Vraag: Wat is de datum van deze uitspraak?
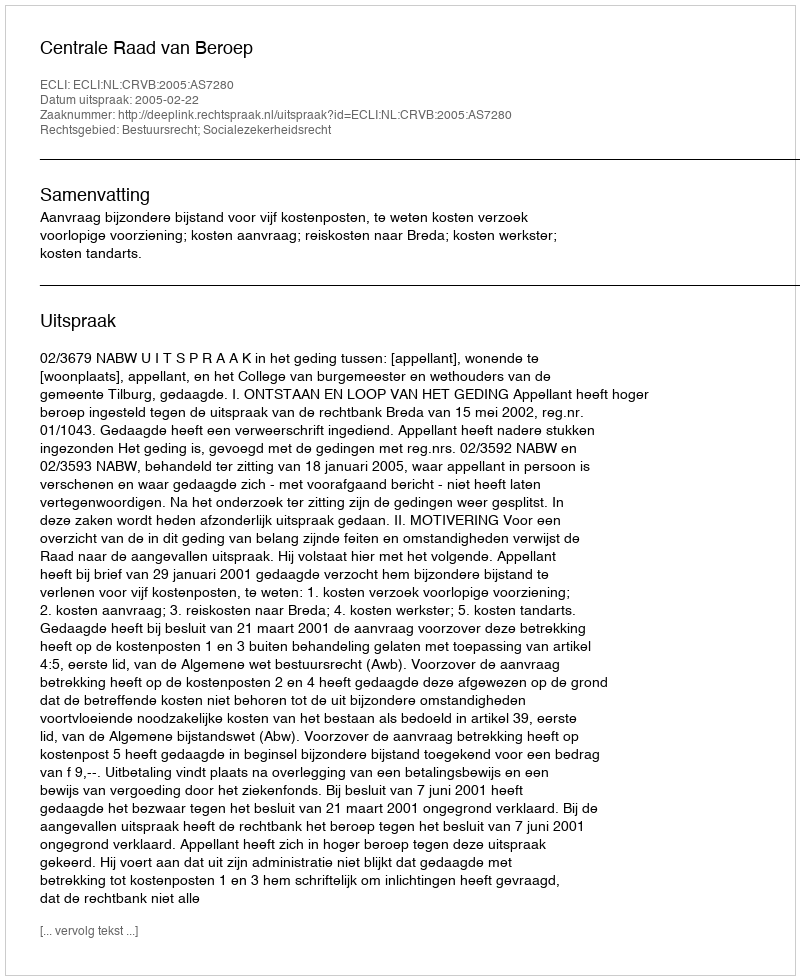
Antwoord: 2005-02-22